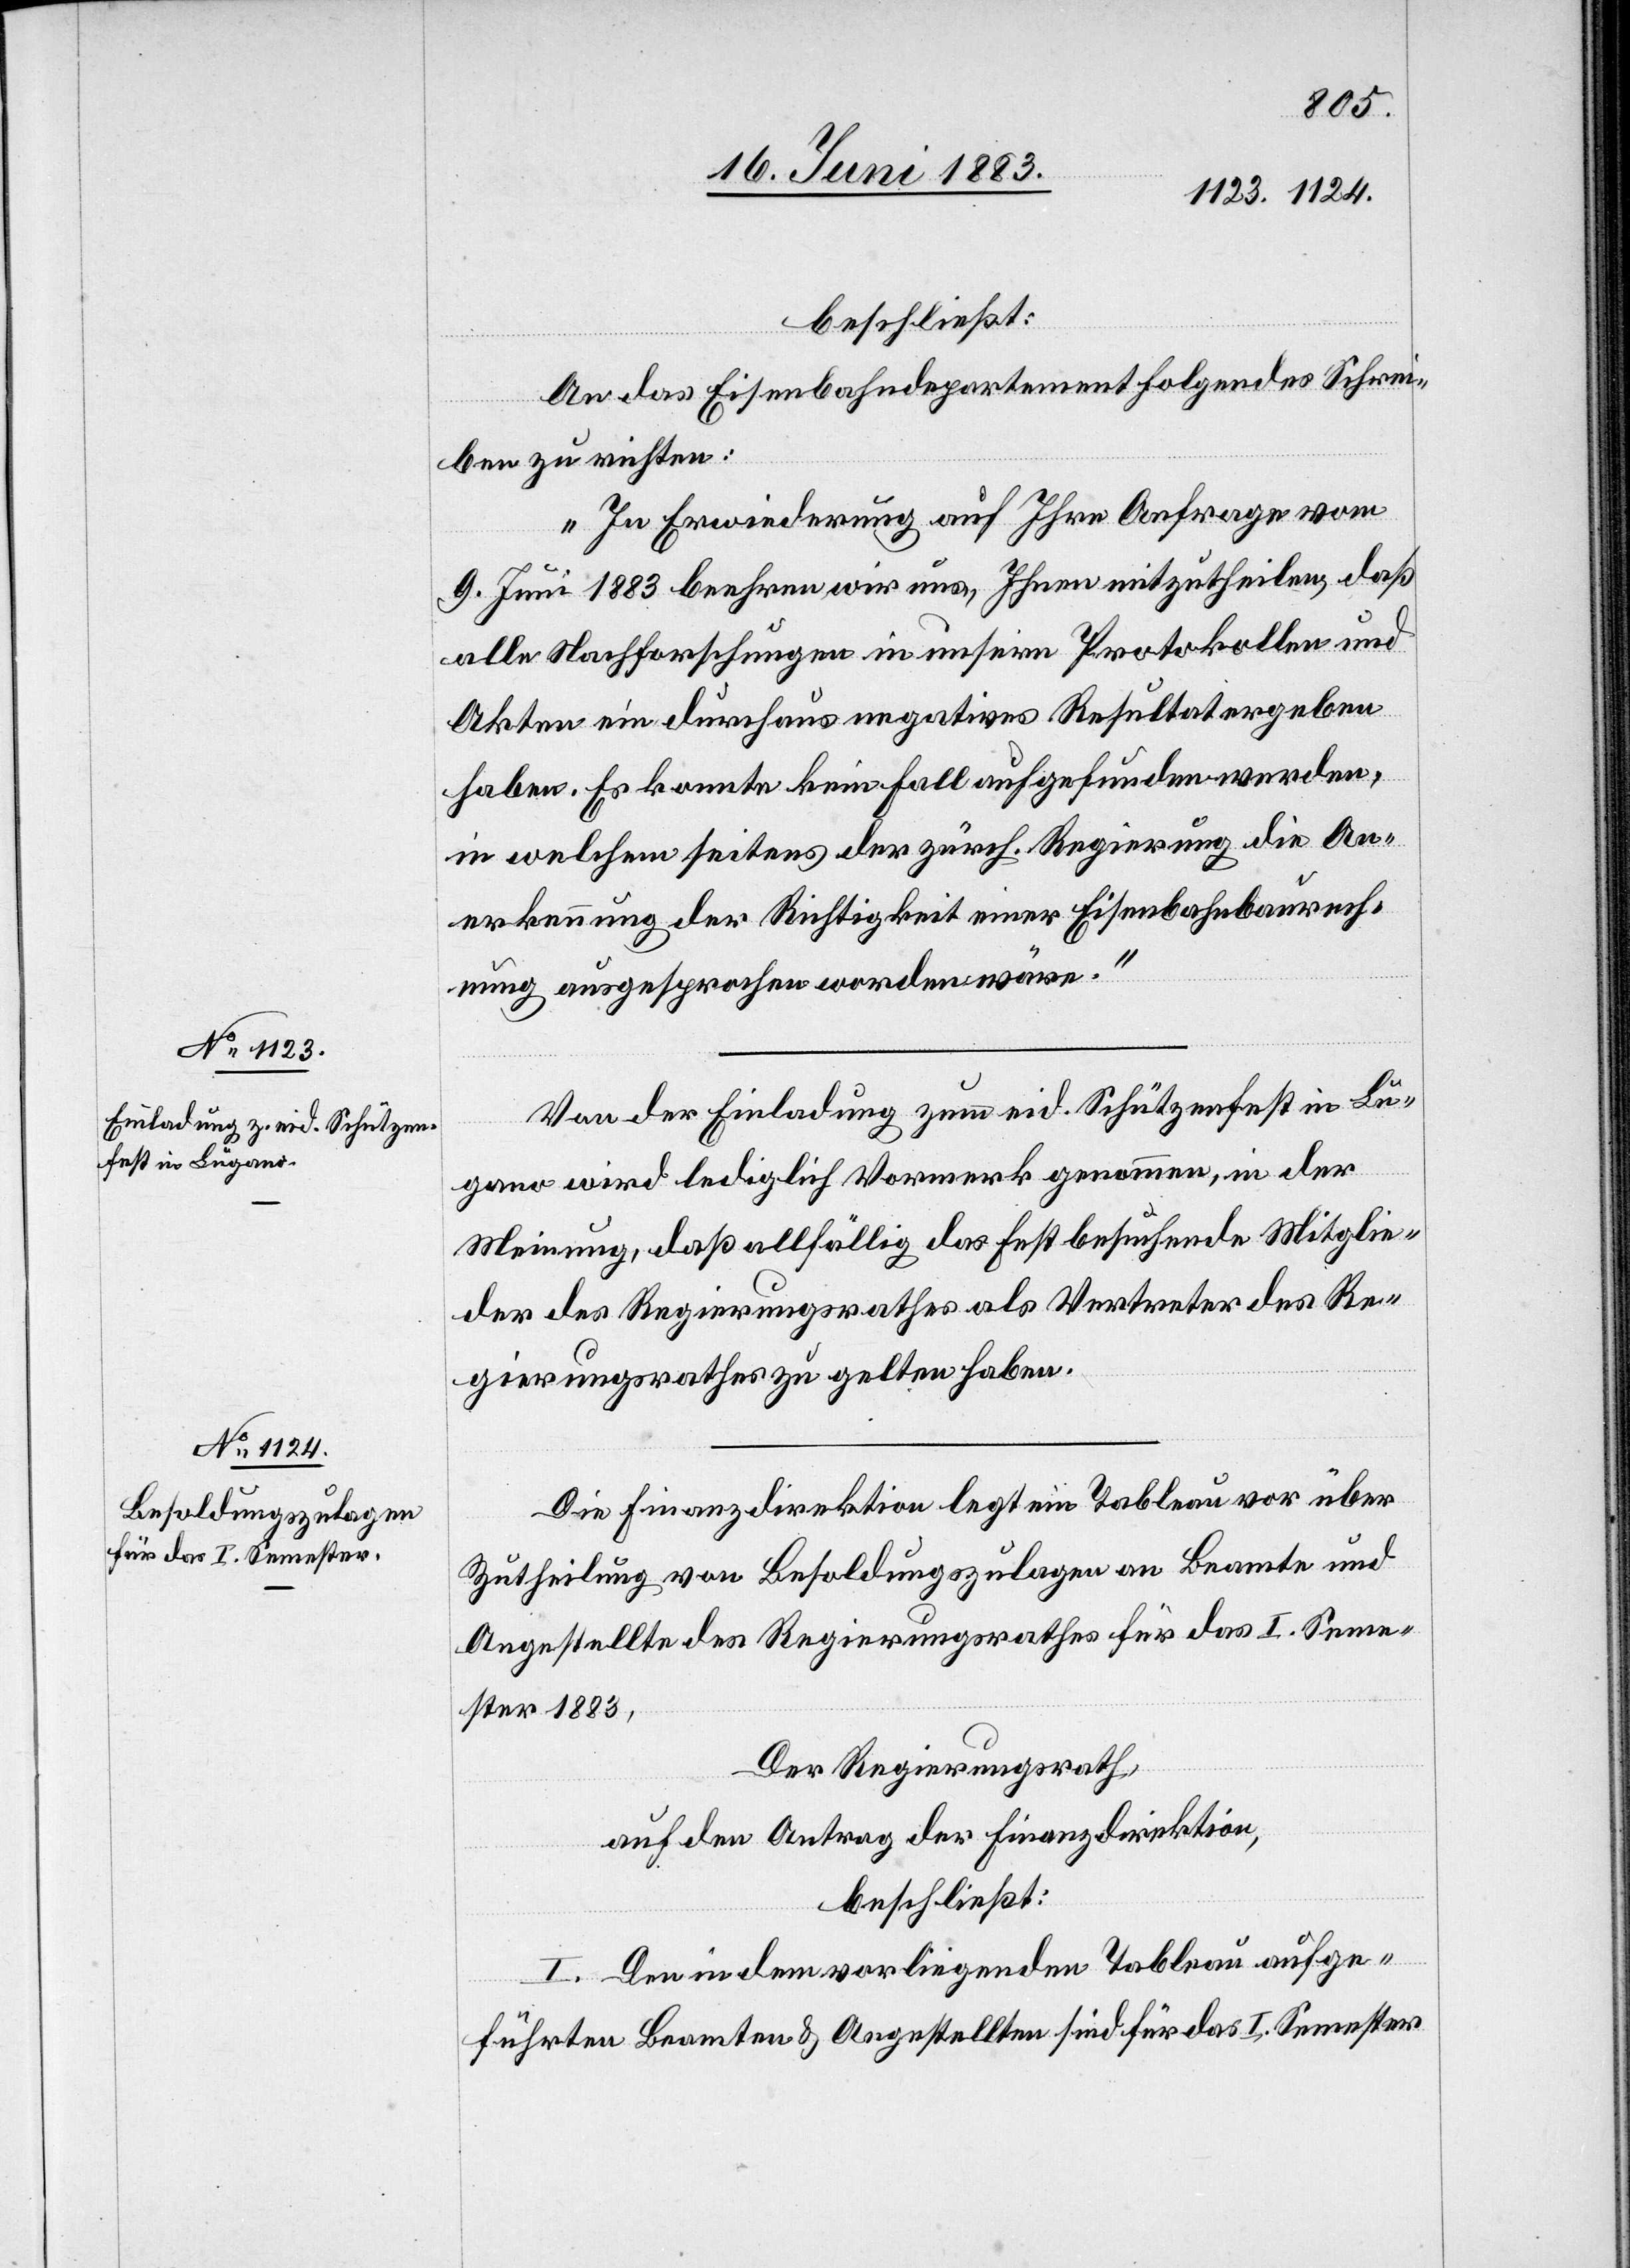
beschließt:
An das Eisenbahndepartement folgendes Schrei¬
ben zu richten:
„In Erwiederung auf Ihre Anfrage vom
9. Juni 1883 beehren wir uns, Ihnen mitzutheilen, daß
alle Nachforschungen in unsern Protokollen und
Akten ein durchaus negatives Resultat ergeben
haben. Es konnte kein Fall aufgefunden werden,
in welchem seitens der zürch. Regierung die An¬
erkennung der Richtigkeit einer Eisenbahnbaurech¬
nung ausgesprochen worden wäre.“
Von der Einladung zum eid. Schützenfest in Lu¬
gano wird lediglich Vormerk genommen, in der
Meinung, daß allfällig das Fest besuchende Mitglie¬
der des Regierungsrathes als Vertreter des Re¬
gierungsrathes zu gelten haben.
Die Finanzdirektion legt ein Tableau vor über
Zutheilung von Besoldungszulagen an Beamte und
Angestellte des Regierungsrathes für das I. Seme¬
ster 1883,
Der Regierungsrath,
auf den Antrag der Finanzdirektion,
beschließt:
I. Den in dem vorliegenden Tableau aufge¬
führten Beamten & Angestellten sind für das I. Semester